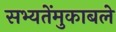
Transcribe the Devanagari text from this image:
सभ्यतेंमुकाबले